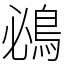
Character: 鴓